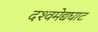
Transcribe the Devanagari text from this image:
दश्‍वमेद्यघाट